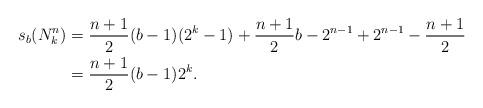
LaTeX: \begin{align*}\begin{aligned}s_b(N_k^{n})&=\frac{n+1}{2}(b-1)(2^{k}-1)+\frac{n+1}{2}b-2^{n-1}+2^{n-1}-\frac{n+1}{2}\\&=\frac{n+1}{2}(b-1)2^{k}.\end{aligned}\end{align*}